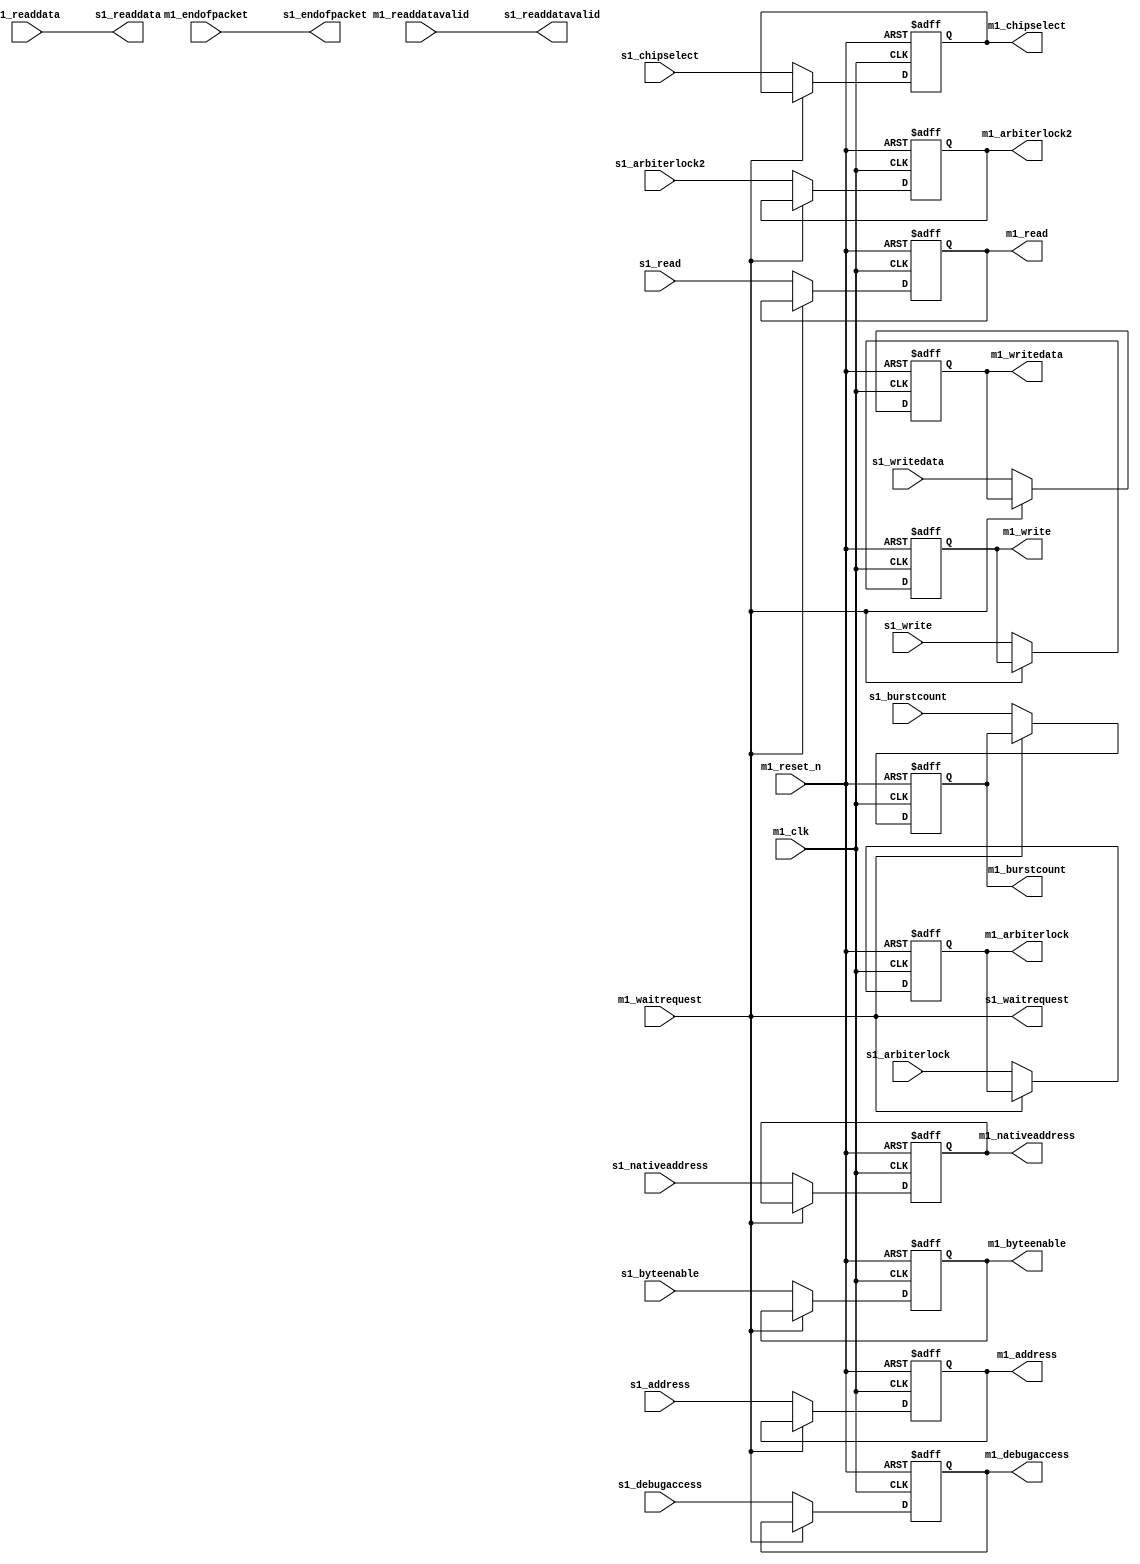
//Legal Notice: (C)2011 Altera Corporation. All rights reserved.  Your
//use of Altera Corporation's design tools, logic functions and other
//software and tools, and its AMPP partner logic functions, and any
//output files any of the foregoing (including device programming or
//simulation files), and any associated documentation or information are
//expressly subject to the terms and conditions of the Altera Program
//License Subscription Agreement or other applicable license agreement,
//including, without limitation, that your use is for the sole purpose
//of programming logic devices manufactured by Altera and sold by Altera
//or its authorized distributors.  Please refer to the applicable
//agreement for further details.

// synthesis translate_off
`timescale 1ns / 1ps
// synthesis translate_on

// turn off superfluous verilog processor warnings 
// altera message_level Level1 
// altera message_off 10034 10035 10036 10037 10230 10240 10030 

module pipeline_bridge_before_tristate_bridge_downstream_adapter (
                                                                   // inputs:
                                                                    m1_clk,
                                                                    m1_endofpacket,
                                                                    m1_readdata,
                                                                    m1_readdatavalid,
                                                                    m1_reset_n,
                                                                    m1_waitrequest,
                                                                    s1_address,
                                                                    s1_arbiterlock,
                                                                    s1_arbiterlock2,
                                                                    s1_burstcount,
                                                                    s1_byteenable,
                                                                    s1_chipselect,
                                                                    s1_debugaccess,
                                                                    s1_nativeaddress,
                                                                    s1_read,
                                                                    s1_write,
                                                                    s1_writedata,

                                                                   // outputs:
                                                                    m1_address,
                                                                    m1_arbiterlock,
                                                                    m1_arbiterlock2,
                                                                    m1_burstcount,
                                                                    m1_byteenable,
                                                                    m1_chipselect,
                                                                    m1_debugaccess,
                                                                    m1_nativeaddress,
                                                                    m1_read,
                                                                    m1_write,
                                                                    m1_writedata,
                                                                    s1_endofpacket,
                                                                    s1_readdata,
                                                                    s1_readdatavalid,
                                                                    s1_waitrequest
                                                                 )
;

  output  [ 26: 0] m1_address;
  output           m1_arbiterlock;
  output           m1_arbiterlock2;
  output           m1_burstcount;
  output  [  3: 0] m1_byteenable;
  output           m1_chipselect;
  output           m1_debugaccess;
  output  [ 24: 0] m1_nativeaddress;
  output           m1_read;
  output           m1_write;
  output  [ 31: 0] m1_writedata;
  output           s1_endofpacket;
  output  [ 31: 0] s1_readdata;
  output           s1_readdatavalid;
  output           s1_waitrequest;
  input            m1_clk;
  input            m1_endofpacket;
  input   [ 31: 0] m1_readdata;
  input            m1_readdatavalid;
  input            m1_reset_n;
  input            m1_waitrequest;
  input   [ 26: 0] s1_address;
  input            s1_arbiterlock;
  input            s1_arbiterlock2;
  input            s1_burstcount;
  input   [  3: 0] s1_byteenable;
  input            s1_chipselect;
  input            s1_debugaccess;
  input   [ 24: 0] s1_nativeaddress;
  input            s1_read;
  input            s1_write;
  input   [ 31: 0] s1_writedata;

  reg     [ 26: 0] m1_address;
  reg              m1_arbiterlock;
  reg              m1_arbiterlock2;
  reg              m1_burstcount;
  reg     [  3: 0] m1_byteenable;
  reg              m1_chipselect;
  reg              m1_debugaccess;
  reg     [ 24: 0] m1_nativeaddress;
  reg              m1_read;
  reg              m1_write;
  reg     [ 31: 0] m1_writedata;
  wire             s1_endofpacket;
  wire    [ 31: 0] s1_readdata;
  wire             s1_readdatavalid;
  wire             s1_waitrequest;
  //s1, which is an e_avalon_adapter_slave
  //m1, which is an e_avalon_adapter_master
  assign s1_endofpacket = m1_endofpacket;
  assign s1_readdata = m1_readdata;
  assign s1_readdatavalid = m1_readdatavalid;
  assign s1_waitrequest = m1_waitrequest;
  always @(posedge m1_clk or negedge m1_reset_n)
    begin
      if (m1_reset_n == 0)
          m1_address <= 0;
      else if (~m1_waitrequest)
          m1_address <= s1_address;
    end


  always @(posedge m1_clk or negedge m1_reset_n)
    begin
      if (m1_reset_n == 0)
          m1_arbiterlock <= 0;
      else if (~m1_waitrequest)
          m1_arbiterlock <= s1_arbiterlock;
    end


  always @(posedge m1_clk or negedge m1_reset_n)
    begin
      if (m1_reset_n == 0)
          m1_arbiterlock2 <= 0;
      else if (~m1_waitrequest)
          m1_arbiterlock2 <= s1_arbiterlock2;
    end


  always @(posedge m1_clk or negedge m1_reset_n)
    begin
      if (m1_reset_n == 0)
          m1_burstcount <= 0;
      else if (~m1_waitrequest)
          m1_burstcount <= s1_burstcount;
    end


  always @(posedge m1_clk or negedge m1_reset_n)
    begin
      if (m1_reset_n == 0)
          m1_byteenable <= 0;
      else if (~m1_waitrequest)
          m1_byteenable <= s1_byteenable;
    end


  always @(posedge m1_clk or negedge m1_reset_n)
    begin
      if (m1_reset_n == 0)
          m1_chipselect <= 0;
      else if (~m1_waitrequest)
          m1_chipselect <= s1_chipselect;
    end


  always @(posedge m1_clk or negedge m1_reset_n)
    begin
      if (m1_reset_n == 0)
          m1_debugaccess <= 0;
      else if (~m1_waitrequest)
          m1_debugaccess <= s1_debugaccess;
    end


  always @(posedge m1_clk or negedge m1_reset_n)
    begin
      if (m1_reset_n == 0)
          m1_nativeaddress <= 0;
      else if (~m1_waitrequest)
          m1_nativeaddress <= s1_nativeaddress;
    end


  always @(posedge m1_clk or negedge m1_reset_n)
    begin
      if (m1_reset_n == 0)
          m1_read <= 0;
      else if (~m1_waitrequest)
          m1_read <= s1_read;
    end


  always @(posedge m1_clk or negedge m1_reset_n)
    begin
      if (m1_reset_n == 0)
          m1_write <= 0;
      else if (~m1_waitrequest)
          m1_write <= s1_write;
    end


  always @(posedge m1_clk or negedge m1_reset_n)
    begin
      if (m1_reset_n == 0)
          m1_writedata <= 0;
      else if (~m1_waitrequest)
          m1_writedata <= s1_writedata;
    end



endmodule


// synthesis translate_off
`timescale 1ns / 1ps
// synthesis translate_on

// turn off superfluous verilog processor warnings 
// altera message_level Level1 
// altera message_off 10034 10035 10036 10037 10230 10240 10030 

module pipeline_bridge_before_tristate_bridge_upstream_adapter (
                                                                 // inputs:
                                                                  m1_clk,
                                                                  m1_endofpacket,
                                                                  m1_readdata,
                                                                  m1_readdatavalid,
                                                                  m1_reset_n,
                                                                  m1_waitrequest,
                                                                  s1_address,
                                                                  s1_arbiterlock,
                                                                  s1_arbiterlock2,
                                                                  s1_burstcount,
                                                                  s1_byteenable,
                                                                  s1_chipselect,
                                                                  s1_clk,
                                                                  s1_debugaccess,
                                                                  s1_flush,
                                                                  s1_nativeaddress,
                                                                  s1_read,
                                                                  s1_reset_n,
                                                                  s1_write,
                                                                  s1_writedata,

                                                                 // outputs:
                                                                  m1_address,
                                                                  m1_arbiterlock,
                                                                  m1_arbiterlock2,
                                                                  m1_burstcount,
                                                                  m1_byteenable,
                                                                  m1_chipselect,
                                                                  m1_debugaccess,
                                                                  m1_nativeaddress,
                                                                  m1_read,
                                                                  m1_write,
                                                                  m1_writedata,
                                                                  s1_endofpacket,
                                                                  s1_readdata,
                                                                  s1_readdatavalid,
                                                                  s1_waitrequest
                                                               )
;

  output  [ 26: 0] m1_address;
  output           m1_arbiterlock;
  output           m1_arbiterlock2;
  output           m1_burstcount;
  output  [  3: 0] m1_byteenable;
  output           m1_chipselect;
  output           m1_debugaccess;
  output  [ 24: 0] m1_nativeaddress;
  output           m1_read;
  output           m1_write;
  output  [ 31: 0] m1_writedata;
  output           s1_endofpacket;
  output  [ 31: 0] s1_readdata;
  output           s1_readdatavalid;
  output           s1_waitrequest;
  input            m1_clk;
  input            m1_endofpacket;
  input   [ 31: 0] m1_readdata;
  input            m1_readdatavalid;
  input            m1_reset_n;
  input            m1_waitrequest;
  input   [ 26: 0] s1_address;
  input            s1_arbiterlock;
  input            s1_arbiterlock2;
  input            s1_burstcount;
  input   [  3: 0] s1_byteenable;
  input            s1_chipselect;
  input            s1_clk;
  input            s1_debugaccess;
  input            s1_flush;
  input   [ 24: 0] s1_nativeaddress;
  input            s1_read;
  input            s1_reset_n;
  input            s1_write;
  input   [ 31: 0] s1_writedata;

  wire    [ 26: 0] m1_address;
  wire             m1_arbiterlock;
  wire             m1_arbiterlock2;
  wire             m1_burstcount;
  wire    [  3: 0] m1_byteenable;
  wire             m1_chipselect;
  wire             m1_debugaccess;
  wire    [ 24: 0] m1_nativeaddress;
  wire             m1_read;
  wire             m1_write;
  wire    [ 31: 0] m1_writedata;
  reg              s1_endofpacket;
  reg     [ 31: 0] s1_readdata;
  reg              s1_readdatavalid;
  wire             s1_waitrequest;
  //s1, which is an e_avalon_adapter_slave
  //m1, which is an e_avalon_adapter_master
  always @(posedge s1_clk or negedge s1_reset_n)
    begin
      if (s1_reset_n == 0)
          s1_readdatavalid <= 0;
      else if (s1_flush)
          s1_readdatavalid <= 0;
      else 
        s1_readdatavalid <= m1_readdatavalid;
    end


  assign s1_waitrequest = m1_waitrequest;
  always @(posedge m1_clk or negedge m1_reset_n)
    begin
      if (m1_reset_n == 0)
          s1_endofpacket <= 0;
      else if (m1_readdatavalid)
          s1_endofpacket <= m1_endofpacket;
    end


  always @(posedge m1_clk or negedge m1_reset_n)
    begin
      if (m1_reset_n == 0)
          s1_readdata <= 0;
      else if (m1_readdatavalid)
          s1_readdata <= m1_readdata;
    end


  assign m1_address = s1_address;
  assign m1_arbiterlock = s1_arbiterlock;
  assign m1_arbiterlock2 = s1_arbiterlock2;
  assign m1_burstcount = s1_burstcount;
  assign m1_byteenable = s1_byteenable;
  assign m1_chipselect = s1_chipselect;
  assign m1_debugaccess = s1_debugaccess;
  assign m1_nativeaddress = s1_nativeaddress;
  assign m1_read = s1_read;
  assign m1_write = s1_write;
  assign m1_writedata = s1_writedata;

endmodule


// synthesis translate_off
`timescale 1ns / 1ps
// synthesis translate_on

// turn off superfluous verilog processor warnings 
// altera message_level Level1 
// altera message_off 10034 10035 10036 10037 10230 10240 10030 

module pipeline_bridge_before_tristate_bridge_waitrequest_adapter (
                                                                    // inputs:
                                                                     m1_clk,
                                                                     m1_endofpacket,
                                                                     m1_readdata,
                                                                     m1_readdatavalid,
                                                                     m1_reset_n,
                                                                     m1_waitrequest,
                                                                     reset_n,
                                                                     s1_address,
                                                                     s1_arbiterlock,
                                                                     s1_arbiterlock2,
                                                                     s1_burstcount,
                                                                     s1_byteenable,
                                                                     s1_chipselect,
                                                                     s1_debugaccess,
                                                                     s1_nativeaddress,
                                                                     s1_read,
                                                                     s1_write,
                                                                     s1_writedata,

                                                                    // outputs:
                                                                     m1_address,
                                                                     m1_arbiterlock,
                                                                     m1_arbiterlock2,
                                                                     m1_burstcount,
                                                                     m1_byteenable,
                                                                     m1_chipselect,
                                                                     m1_debugaccess,
                                                                     m1_nativeaddress,
                                                                     m1_read,
                                                                     m1_write,
                                                                     m1_writedata,
                                                                     s1_endofpacket,
                                                                     s1_readdata,
                                                                     s1_readdatavalid,
                                                                     s1_waitrequest
                                                                  )
;

  output  [ 26: 0] m1_address;
  output           m1_arbiterlock;
  output           m1_arbiterlock2;
  output           m1_burstcount;
  output  [  3: 0] m1_byteenable;
  output           m1_chipselect;
  output           m1_debugaccess;
  output  [ 24: 0] m1_nativeaddress;
  output           m1_read;
  output           m1_write;
  output  [ 31: 0] m1_writedata;
  output           s1_endofpacket;
  output  [ 31: 0] s1_readdata;
  output           s1_readdatavalid;
  output           s1_waitrequest;
  input            m1_clk;
  input            m1_endofpacket;
  input   [ 31: 0] m1_readdata;
  input            m1_readdatavalid;
  input            m1_reset_n;
  input            m1_waitrequest;
  input            reset_n;
  input   [ 26: 0] s1_address;
  input            s1_arbiterlock;
  input            s1_arbiterlock2;
  input            s1_burstcount;
  input   [  3: 0] s1_byteenable;
  input            s1_chipselect;
  input            s1_debugaccess;
  input   [ 24: 0] s1_nativeaddress;
  input            s1_read;
  input            s1_write;
  input   [ 31: 0] s1_writedata;

  reg     [ 26: 0] d1_s1_address;
  reg              d1_s1_arbiterlock;
  reg              d1_s1_arbiterlock2;
  reg              d1_s1_burstcount;
  reg     [  3: 0] d1_s1_byteenable;
  reg              d1_s1_chipselect;
  reg              d1_s1_debugaccess;
  reg     [ 24: 0] d1_s1_nativeaddress;
  reg              d1_s1_read;
  reg              d1_s1_write;
  reg     [ 31: 0] d1_s1_writedata;
  wire    [ 26: 0] m1_address;
  wire             m1_arbiterlock;
  wire             m1_arbiterlock2;
  wire             m1_burstcount;
  wire    [  3: 0] m1_byteenable;
  wire             m1_chipselect;
  wire             m1_debugaccess;
  wire    [ 24: 0] m1_nativeaddress;
  wire             m1_read;
  wire             m1_write;
  wire    [ 31: 0] m1_writedata;
  wire             s1_endofpacket;
  wire    [ 31: 0] s1_readdata;
  wire             s1_readdatavalid;
  reg              s1_waitrequest;
  wire             set_use_registered;
  reg              use_registered;
  //s1, which is an e_avalon_adapter_slave
  //m1, which is an e_avalon_adapter_master
  always @(posedge m1_clk or negedge m1_reset_n)
    begin
      if (m1_reset_n == 0)
          s1_waitrequest <= 0;
      else 
        s1_waitrequest <= m1_waitrequest;
    end


  assign s1_endofpacket = m1_endofpacket;
  assign s1_readdata = m1_readdata;
  assign s1_readdatavalid = m1_readdatavalid;
  //set use registered, which is an e_assign
  assign set_use_registered = m1_waitrequest & ~s1_waitrequest;

  //use registered, which is an e_register
  always @(posedge m1_clk or negedge reset_n)
    begin
      if (reset_n == 0)
          use_registered <= 0;
      else if (~m1_waitrequest & s1_waitrequest)
          use_registered <= 0;
      else if (set_use_registered)
          use_registered <= -1;
    end


  always @(posedge m1_clk or negedge m1_reset_n)
    begin
      if (m1_reset_n == 0)
          d1_s1_address <= 0;
      else if (set_use_registered)
          d1_s1_address <= s1_address;
    end


  assign m1_address = (use_registered)? d1_s1_address :
    s1_address;

  always @(posedge m1_clk or negedge m1_reset_n)
    begin
      if (m1_reset_n == 0)
          d1_s1_arbiterlock <= 0;
      else if (set_use_registered)
          d1_s1_arbiterlock <= s1_arbiterlock;
    end


  assign m1_arbiterlock = (use_registered)? d1_s1_arbiterlock :
    s1_arbiterlock;

  always @(posedge m1_clk or negedge m1_reset_n)
    begin
      if (m1_reset_n == 0)
          d1_s1_arbiterlock2 <= 0;
      else if (set_use_registered)
          d1_s1_arbiterlock2 <= s1_arbiterlock2;
    end


  assign m1_arbiterlock2 = (use_registered)? d1_s1_arbiterlock2 :
    s1_arbiterlock2;

  always @(posedge m1_clk or negedge m1_reset_n)
    begin
      if (m1_reset_n == 0)
          d1_s1_burstcount <= 0;
      else if (set_use_registered)
          d1_s1_burstcount <= s1_burstcount;
    end


  assign m1_burstcount = (use_registered)? d1_s1_burstcount :
    s1_burstcount;

  always @(posedge m1_clk or negedge m1_reset_n)
    begin
      if (m1_reset_n == 0)
          d1_s1_byteenable <= 0;
      else if (set_use_registered)
          d1_s1_byteenable <= s1_byteenable;
    end


  assign m1_byteenable = (use_registered)? d1_s1_byteenable :
    s1_byteenable;

  always @(posedge m1_clk or negedge m1_reset_n)
    begin
      if (m1_reset_n == 0)
          d1_s1_chipselect <= 0;
      else if (set_use_registered)
          d1_s1_chipselect <= s1_chipselect;
    end


  assign m1_chipselect = (use_registered)? d1_s1_chipselect :
    s1_chipselect;

  always @(posedge m1_clk or negedge m1_reset_n)
    begin
      if (m1_reset_n == 0)
          d1_s1_debugaccess <= 0;
      else if (set_use_registered)
          d1_s1_debugaccess <= s1_debugaccess;
    end


  assign m1_debugaccess = (use_registered)? d1_s1_debugaccess :
    s1_debugaccess;

  always @(posedge m1_clk or negedge m1_reset_n)
    begin
      if (m1_reset_n == 0)
          d1_s1_nativeaddress <= 0;
      else if (set_use_registered)
          d1_s1_nativeaddress <= s1_nativeaddress;
    end


  assign m1_nativeaddress = (use_registered)? d1_s1_nativeaddress :
    s1_nativeaddress;

  always @(posedge m1_clk or negedge m1_reset_n)
    begin
      if (m1_reset_n == 0)
          d1_s1_read <= 0;
      else if (set_use_registered)
          d1_s1_read <= s1_read;
    end


  assign m1_read = (use_registered)? d1_s1_read :
    s1_read;

  always @(posedge m1_clk or negedge m1_reset_n)
    begin
      if (m1_reset_n == 0)
          d1_s1_write <= 0;
      else if (set_use_registered)
          d1_s1_write <= s1_write;
    end


  assign m1_write = (use_registered)? d1_s1_write :
    s1_write;

  always @(posedge m1_clk or negedge m1_reset_n)
    begin
      if (m1_reset_n == 0)
          d1_s1_writedata <= 0;
      else if (set_use_registered)
          d1_s1_writedata <= s1_writedata;
    end


  assign m1_writedata = (use_registered)? d1_s1_writedata :
    s1_writedata;


endmodule


// synthesis translate_off
`timescale 1ns / 1ps
// synthesis translate_on

// turn off superfluous verilog processor warnings 
// altera message_level Level1 
// altera message_off 10034 10035 10036 10037 10230 10240 10030 

module pipeline_bridge_before_tristate_bridge (
                                                // inputs:
                                                 clk,
                                                 m1_endofpacket,
                                                 m1_readdata,
                                                 m1_readdatavalid,
                                                 m1_waitrequest,
                                                 reset_n,
                                                 s1_address,
                                                 s1_arbiterlock,
                                                 s1_arbiterlock2,
                                                 s1_burstcount,
                                                 s1_byteenable,
                                                 s1_chipselect,
                                                 s1_debugaccess,
                                                 s1_nativeaddress,
                                                 s1_read,
                                                 s1_write,
                                                 s1_writedata,

                                                // outputs:
                                                 m1_address,
                                                 m1_burstcount,
                                                 m1_byteenable,
                                                 m1_chipselect,
                                                 m1_debugaccess,
                                                 m1_read,
                                                 m1_write,
                                                 m1_writedata,
                                                 s1_endofpacket,
                                                 s1_readdata,
                                                 s1_readdatavalid,
                                                 s1_waitrequest
                                              )
;

  output  [ 26: 0] m1_address;
  output           m1_burstcount;
  output  [  3: 0] m1_byteenable;
  output           m1_chipselect;
  output           m1_debugaccess;
  output           m1_read;
  output           m1_write;
  output  [ 31: 0] m1_writedata;
  output           s1_endofpacket;
  output  [ 31: 0] s1_readdata;
  output           s1_readdatavalid;
  output           s1_waitrequest;
  input            clk;
  input            m1_endofpacket;
  input   [ 31: 0] m1_readdata;
  input            m1_readdatavalid;
  input            m1_waitrequest;
  input            reset_n;
  input   [ 24: 0] s1_address;
  input            s1_arbiterlock;
  input            s1_arbiterlock2;
  input            s1_burstcount;
  input   [  3: 0] s1_byteenable;
  input            s1_chipselect;
  input            s1_debugaccess;
  input   [ 24: 0] s1_nativeaddress;
  input            s1_read;
  input            s1_write;
  input   [ 31: 0] s1_writedata;

  wire    [ 26: 0] downstream_m1_address;
  wire             downstream_m1_arbiterlock;
  wire             downstream_m1_arbiterlock2;
  wire             downstream_m1_burstcount;
  wire    [  3: 0] downstream_m1_byteenable;
  wire             downstream_m1_chipselect;
  wire             downstream_m1_debugaccess;
  wire             downstream_m1_endofpacket;
  wire    [ 24: 0] downstream_m1_nativeaddress;
  wire             downstream_m1_read;
  wire    [ 31: 0] downstream_m1_readdata;
  wire             downstream_m1_readdatavalid;
  wire             downstream_m1_waitrequest;
  wire             downstream_m1_write;
  wire    [ 31: 0] downstream_m1_writedata;
  wire    [ 26: 0] downstream_s1_address;
  wire             downstream_s1_arbiterlock;
  wire             downstream_s1_arbiterlock2;
  wire             downstream_s1_burstcount;
  wire    [  3: 0] downstream_s1_byteenable;
  wire             downstream_s1_chipselect;
  wire             downstream_s1_debugaccess;
  wire             downstream_s1_endofpacket;
  wire    [ 24: 0] downstream_s1_nativeaddress;
  wire             downstream_s1_read;
  wire    [ 31: 0] downstream_s1_readdata;
  wire             downstream_s1_readdatavalid;
  wire             downstream_s1_waitrequest;
  wire             downstream_s1_write;
  wire    [ 31: 0] downstream_s1_writedata;
  wire    [ 26: 0] m1_address;
  wire             m1_arbiterlock;
  wire             m1_arbiterlock2;
  wire             m1_burstcount;
  wire    [  3: 0] m1_byteenable;
  wire             m1_chipselect;
  wire             m1_debugaccess;
  wire    [ 24: 0] m1_nativeaddress;
  wire             m1_read;
  wire             m1_write;
  wire    [ 31: 0] m1_writedata;
  wire             s1_endofpacket;
  wire    [ 31: 0] s1_readdata;
  wire             s1_readdatavalid;
  wire             s1_waitrequest;
  wire    [ 26: 0] upstream_m1_address;
  wire             upstream_m1_arbiterlock;
  wire             upstream_m1_arbiterlock2;
  wire             upstream_m1_burstcount;
  wire    [  3: 0] upstream_m1_byteenable;
  wire             upstream_m1_chipselect;
  wire             upstream_m1_debugaccess;
  wire             upstream_m1_endofpacket;
  wire    [ 24: 0] upstream_m1_nativeaddress;
  wire             upstream_m1_read;
  wire    [ 31: 0] upstream_m1_readdata;
  wire             upstream_m1_readdatavalid;
  wire             upstream_m1_waitrequest;
  wire             upstream_m1_write;
  wire    [ 31: 0] upstream_m1_writedata;
  wire    [ 26: 0] upstream_s1_address;
  wire             upstream_s1_arbiterlock;
  wire             upstream_s1_arbiterlock2;
  wire             upstream_s1_burstcount;
  wire    [  3: 0] upstream_s1_byteenable;
  wire             upstream_s1_chipselect;
  wire             upstream_s1_debugaccess;
  wire             upstream_s1_endofpacket;
  wire    [ 24: 0] upstream_s1_nativeaddress;
  wire             upstream_s1_read;
  wire    [ 31: 0] upstream_s1_readdata;
  wire             upstream_s1_readdatavalid;
  wire             upstream_s1_waitrequest;
  wire             upstream_s1_write;
  wire    [ 31: 0] upstream_s1_writedata;
  wire    [ 26: 0] waitrequest_m1_address;
  wire             waitrequest_m1_arbiterlock;
  wire             waitrequest_m1_arbiterlock2;
  wire             waitrequest_m1_burstcount;
  wire    [  3: 0] waitrequest_m1_byteenable;
  wire             waitrequest_m1_chipselect;
  wire             waitrequest_m1_debugaccess;
  wire             waitrequest_m1_endofpacket;
  wire    [ 24: 0] waitrequest_m1_nativeaddress;
  wire             waitrequest_m1_read;
  wire    [ 31: 0] waitrequest_m1_readdata;
  wire             waitrequest_m1_readdatavalid;
  wire             waitrequest_m1_waitrequest;
  wire             waitrequest_m1_write;
  wire    [ 31: 0] waitrequest_m1_writedata;
  wire    [ 26: 0] waitrequest_s1_address;
  wire             waitrequest_s1_arbiterlock;
  wire             waitrequest_s1_arbiterlock2;
  wire             waitrequest_s1_burstcount;
  wire    [  3: 0] waitrequest_s1_byteenable;
  wire             waitrequest_s1_chipselect;
  wire             waitrequest_s1_debugaccess;
  wire             waitrequest_s1_endofpacket;
  wire    [ 24: 0] waitrequest_s1_nativeaddress;
  wire             waitrequest_s1_read;
  wire    [ 31: 0] waitrequest_s1_readdata;
  wire             waitrequest_s1_readdatavalid;
  wire             waitrequest_s1_waitrequest;
  wire             waitrequest_s1_write;
  wire    [ 31: 0] waitrequest_s1_writedata;
  pipeline_bridge_before_tristate_bridge_downstream_adapter the_pipeline_bridge_before_tristate_bridge_downstream_adapter
    (
      .m1_address       (downstream_m1_address),
      .m1_arbiterlock   (downstream_m1_arbiterlock),
      .m1_arbiterlock2  (downstream_m1_arbiterlock2),
      .m1_burstcount    (downstream_m1_burstcount),
      .m1_byteenable    (downstream_m1_byteenable),
      .m1_chipselect    (downstream_m1_chipselect),
      .m1_clk           (clk),
      .m1_debugaccess   (downstream_m1_debugaccess),
      .m1_endofpacket   (downstream_m1_endofpacket),
      .m1_nativeaddress (downstream_m1_nativeaddress),
      .m1_read          (downstream_m1_read),
      .m1_readdata      (downstream_m1_readdata),
      .m1_readdatavalid (downstream_m1_readdatavalid),
      .m1_reset_n       (reset_n),
      .m1_waitrequest   (downstream_m1_waitrequest),
      .m1_write         (downstream_m1_write),
      .m1_writedata     (downstream_m1_writedata),
      .s1_address       (downstream_s1_address),
      .s1_arbiterlock   (downstream_s1_arbiterlock),
      .s1_arbiterlock2  (downstream_s1_arbiterlock2),
      .s1_burstcount    (downstream_s1_burstcount),
      .s1_byteenable    (downstream_s1_byteenable),
      .s1_chipselect    (downstream_s1_chipselect),
      .s1_debugaccess   (downstream_s1_debugaccess),
      .s1_endofpacket   (downstream_s1_endofpacket),
      .s1_nativeaddress (downstream_s1_nativeaddress),
      .s1_read          (downstream_s1_read),
      .s1_readdata      (downstream_s1_readdata),
      .s1_readdatavalid (downstream_s1_readdatavalid),
      .s1_waitrequest   (downstream_s1_waitrequest),
      .s1_write         (downstream_s1_write),
      .s1_writedata     (downstream_s1_writedata)
    );

  pipeline_bridge_before_tristate_bridge_upstream_adapter the_pipeline_bridge_before_tristate_bridge_upstream_adapter
    (
      .m1_address       (upstream_m1_address),
      .m1_arbiterlock   (upstream_m1_arbiterlock),
      .m1_arbiterlock2  (upstream_m1_arbiterlock2),
      .m1_burstcount    (upstream_m1_burstcount),
      .m1_byteenable    (upstream_m1_byteenable),
      .m1_chipselect    (upstream_m1_chipselect),
      .m1_clk           (clk),
      .m1_debugaccess   (upstream_m1_debugaccess),
      .m1_endofpacket   (upstream_m1_endofpacket),
      .m1_nativeaddress (upstream_m1_nativeaddress),
      .m1_read          (upstream_m1_read),
      .m1_readdata      (upstream_m1_readdata),
      .m1_readdatavalid (upstream_m1_readdatavalid),
      .m1_reset_n       (reset_n),
      .m1_waitrequest   (upstream_m1_waitrequest),
      .m1_write         (upstream_m1_write),
      .m1_writedata     (upstream_m1_writedata),
      .s1_address       (upstream_s1_address),
      .s1_arbiterlock   (upstream_s1_arbiterlock),
      .s1_arbiterlock2  (upstream_s1_arbiterlock2),
      .s1_burstcount    (upstream_s1_burstcount),
      .s1_byteenable    (upstream_s1_byteenable),
      .s1_chipselect    (upstream_s1_chipselect),
      .s1_clk           (clk),
      .s1_debugaccess   (upstream_s1_debugaccess),
      .s1_endofpacket   (upstream_s1_endofpacket),
      .s1_flush         (1'b0),
      .s1_nativeaddress (upstream_s1_nativeaddress),
      .s1_read          (upstream_s1_read),
      .s1_readdata      (upstream_s1_readdata),
      .s1_readdatavalid (upstream_s1_readdatavalid),
      .s1_reset_n       (reset_n),
      .s1_waitrequest   (upstream_s1_waitrequest),
      .s1_write         (upstream_s1_write),
      .s1_writedata     (upstream_s1_writedata)
    );

  pipeline_bridge_before_tristate_bridge_waitrequest_adapter the_pipeline_bridge_before_tristate_bridge_waitrequest_adapter
    (
      .m1_address       (waitrequest_m1_address),
      .m1_arbiterlock   (waitrequest_m1_arbiterlock),
      .m1_arbiterlock2  (waitrequest_m1_arbiterlock2),
      .m1_burstcount    (waitrequest_m1_burstcount),
      .m1_byteenable    (waitrequest_m1_byteenable),
      .m1_chipselect    (waitrequest_m1_chipselect),
      .m1_clk           (clk),
      .m1_debugaccess   (waitrequest_m1_debugaccess),
      .m1_endofpacket   (waitrequest_m1_endofpacket),
      .m1_nativeaddress (waitrequest_m1_nativeaddress),
      .m1_read          (waitrequest_m1_read),
      .m1_readdata      (waitrequest_m1_readdata),
      .m1_readdatavalid (waitrequest_m1_readdatavalid),
      .m1_reset_n       (reset_n),
      .m1_waitrequest   (waitrequest_m1_waitrequest),
      .m1_write         (waitrequest_m1_write),
      .m1_writedata     (waitrequest_m1_writedata),
      .reset_n          (reset_n),
      .s1_address       (waitrequest_s1_address),
      .s1_arbiterlock   (waitrequest_s1_arbiterlock),
      .s1_arbiterlock2  (waitrequest_s1_arbiterlock2),
      .s1_burstcount    (waitrequest_s1_burstcount),
      .s1_byteenable    (waitrequest_s1_byteenable),
      .s1_chipselect    (waitrequest_s1_chipselect),
      .s1_debugaccess   (waitrequest_s1_debugaccess),
      .s1_endofpacket   (waitrequest_s1_endofpacket),
      .s1_nativeaddress (waitrequest_s1_nativeaddress),
      .s1_read          (waitrequest_s1_read),
      .s1_readdata      (waitrequest_s1_readdata),
      .s1_readdatavalid (waitrequest_s1_readdatavalid),
      .s1_waitrequest   (waitrequest_s1_waitrequest),
      .s1_write         (waitrequest_s1_write),
      .s1_writedata     (waitrequest_s1_writedata)
    );

  assign m1_nativeaddress = downstream_m1_nativeaddress;
  assign downstream_s1_nativeaddress = upstream_m1_nativeaddress;
  assign upstream_s1_nativeaddress = waitrequest_m1_nativeaddress;
  assign waitrequest_s1_nativeaddress = s1_nativeaddress;
  assign m1_debugaccess = downstream_m1_debugaccess;
  assign downstream_s1_debugaccess = upstream_m1_debugaccess;
  assign upstream_s1_debugaccess = waitrequest_m1_debugaccess;
  assign waitrequest_s1_debugaccess = s1_debugaccess;
  assign m1_arbiterlock = downstream_m1_arbiterlock;
  assign downstream_s1_arbiterlock = upstream_m1_arbiterlock;
  assign upstream_s1_arbiterlock = waitrequest_m1_arbiterlock;
  assign waitrequest_s1_arbiterlock = s1_arbiterlock;
  assign m1_writedata = downstream_m1_writedata;
  assign downstream_s1_writedata = upstream_m1_writedata;
  assign upstream_s1_writedata = waitrequest_m1_writedata;
  assign waitrequest_s1_writedata = s1_writedata;
  assign m1_chipselect = downstream_m1_chipselect;
  assign downstream_s1_chipselect = upstream_m1_chipselect;
  assign upstream_s1_chipselect = waitrequest_m1_chipselect;
  assign waitrequest_s1_chipselect = s1_chipselect;
  assign m1_burstcount = downstream_m1_burstcount;
  assign downstream_s1_burstcount = upstream_m1_burstcount;
  assign upstream_s1_burstcount = waitrequest_m1_burstcount;
  assign waitrequest_s1_burstcount = s1_burstcount;
  assign m1_byteenable = downstream_m1_byteenable;
  assign downstream_s1_byteenable = upstream_m1_byteenable;
  assign upstream_s1_byteenable = waitrequest_m1_byteenable;
  assign waitrequest_s1_byteenable = s1_byteenable;
  assign m1_arbiterlock2 = downstream_m1_arbiterlock2;
  assign downstream_s1_arbiterlock2 = upstream_m1_arbiterlock2;
  assign upstream_s1_arbiterlock2 = waitrequest_m1_arbiterlock2;
  assign waitrequest_s1_arbiterlock2 = s1_arbiterlock2;
  assign m1_read = downstream_m1_read;
  assign downstream_s1_read = upstream_m1_read;
  assign upstream_s1_read = waitrequest_m1_read;
  assign waitrequest_s1_read = s1_read;
  assign m1_write = downstream_m1_write;
  assign downstream_s1_write = upstream_m1_write;
  assign upstream_s1_write = waitrequest_m1_write;
  assign waitrequest_s1_write = s1_write;
  assign waitrequest_s1_address = {s1_address, 2'b0};
  assign upstream_s1_address = waitrequest_m1_address;
  assign downstream_s1_address = upstream_m1_address;
  assign m1_address = downstream_m1_address;
  assign downstream_m1_readdatavalid = m1_readdatavalid;
  assign upstream_m1_readdatavalid = downstream_s1_readdatavalid;
  assign waitrequest_m1_readdatavalid = upstream_s1_readdatavalid;
  assign s1_readdatavalid = waitrequest_s1_readdatavalid;
  assign downstream_m1_waitrequest = m1_waitrequest;
  assign upstream_m1_waitrequest = downstream_s1_waitrequest;
  assign waitrequest_m1_waitrequest = upstream_s1_waitrequest;
  assign s1_waitrequest = waitrequest_s1_waitrequest;
  assign downstream_m1_endofpacket = m1_endofpacket;
  assign upstream_m1_endofpacket = downstream_s1_endofpacket;
  assign waitrequest_m1_endofpacket = upstream_s1_endofpacket;
  assign s1_endofpacket = waitrequest_s1_endofpacket;
  assign downstream_m1_readdata = m1_readdata;
  assign upstream_m1_readdata = downstream_s1_readdata;
  assign waitrequest_m1_readdata = upstream_s1_readdata;
  assign s1_readdata = waitrequest_s1_readdata;
  //s1, which is an e_avalon_slave
  //m1, which is an e_avalon_master

endmodule